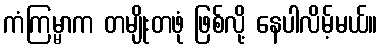
ကံကြမ္မာက တမျိုးတဖုံ ဖြစ်လို့ နေပါလိမ့်မယ်။